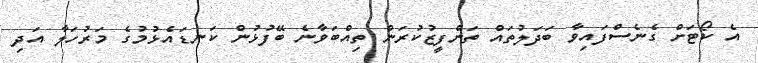
އެ ކޯޓަށް ގެނެސްފައިވާ ބަދަލުތައް ތަންފީޒުކުރަން ތިއްބަވާނެ ބޭފުޅުން ކަނޑައެޅުމުގެ މަރުހަލާ އަދި